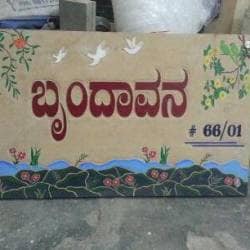
Language: kannada
Transcription: ಬೃಂದಾವನ